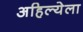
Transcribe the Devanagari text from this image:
अहिल्येला